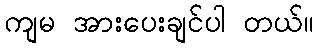
ကျမ အားပေးချင်ပါ တယ်။